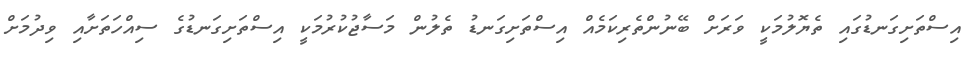
އިސްތަށިގަނޑުގައި ތެޔޮލުމަކީ ވަރަށް ބޭނުންތެރިކަމެއް އިސްތަށިގަނޑު ތެލުން މަސާޖުކުރުމަކީ އިސްތަށިގަނޑުގެ ސިއްހަތަށާއި ވިދުމަށް